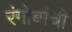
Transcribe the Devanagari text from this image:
रंगोबांची